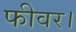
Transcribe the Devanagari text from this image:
फीवर।